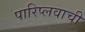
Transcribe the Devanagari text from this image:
पारिप्लवाची